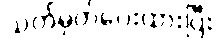
သတ်မှတ်ပေးထားပြီး